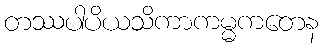
တဿပါပိယသိကာကမ္မကတေန